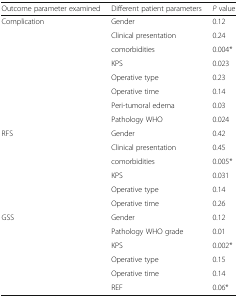
<table><thead><tr><td><b>Outcome parameter examined</b></td><td><b>Different patient parameters</b></td><td><b><i>P</i> value</b></td></tr></thead><tbody><tr><td rowspan="8">Complication</td><td>Gender</td><td>0.12</td></tr><tr><td>Clinical presentation</td><td>0.24</td></tr><tr><td>comorbidities</td><td>0.004*</td></tr><tr><td>KPS</td><td>0.023</td></tr><tr><td>Operative type</td><td>0.23</td></tr><tr><td>Operative time</td><td>0.14</td></tr><tr><td>Peri-tumoral edema</td><td>0.03</td></tr><tr><td>Pathology WHO</td><td>0.024</td></tr><tr><td rowspan="6">RFS</td><td>Gender</td><td>0.42</td></tr><tr><td>Clinical presentation</td><td>0.45</td></tr><tr><td>comorbidities</td><td>0.005*</td></tr><tr><td>KPS</td><td>0.031</td></tr><tr><td>Operative type</td><td>0.14</td></tr><tr><td>Operative time</td><td>0.26</td></tr><tr><td rowspan="6">GSS</td><td>Gender</td><td>0.12</td></tr><tr><td>Pathology WHO grade</td><td>0.01</td></tr><tr><td>KPS</td><td>0.002*</td></tr><tr><td>Operative type</td><td>0.15</td></tr><tr><td>Operative time</td><td>0.14</td></tr><tr><td>REF</td><td>0.06*</td></tr></tbody></table>